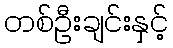
တစ်ဦးချင်းနှင့်